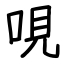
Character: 哯